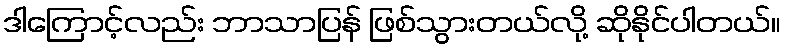
ဒါကြောင့်လည်း ဘာသာပြန် ဖြစ်သွားတယ်လို့ ဆိုနိုင်ပါတယ်။